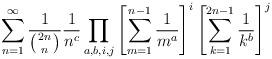
LaTeX: \begin{align*}\sum_{n=1}^\infty \frac{1}{\left( 2n \atop n \right)} \frac{1}{n^c}\prod_{a,b,i,j}\left[ \sum_{m=1}^{n-1} \frac{1}{m^a} \right]^i\left[ \sum_{k=1}^{2n-1} \frac{1}{k^b} \right]^j\end{align*}